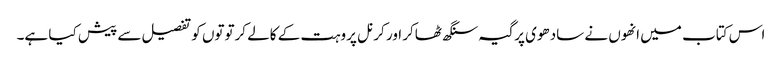
اس کتاب میں انھوں نے سادھوی پرگیہ سنگھ ٹھاکر اور کرنل پروہت کے کالے کرتوتوں کو تفصیل سے پیش کیا ہے۔